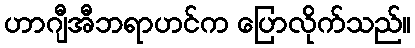
ဟာဂျီအီဘရာဟင်က ပြောလိုက်သည်။